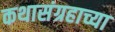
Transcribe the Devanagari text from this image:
कथासंग्रहाच्या